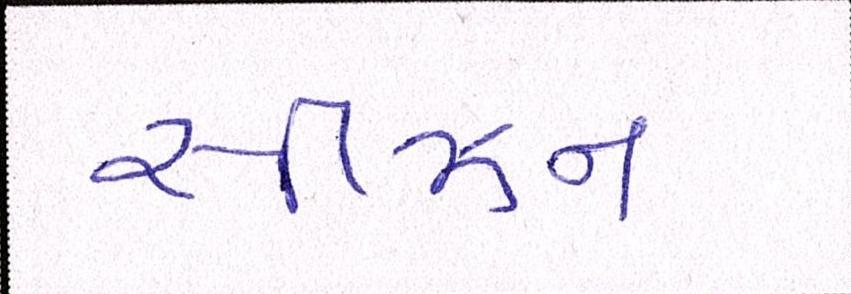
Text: સીઝન